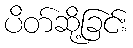
ပိတ်ဆို့ခြင်း